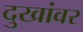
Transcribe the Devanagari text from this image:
दुखांवर